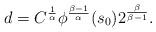
LaTeX: \begin{align*} d = C^{\frac{1}{\alpha}} \phi^{\frac{\beta -1}{\alpha}} (s_0) 2^{\frac{\beta}{\beta - 1}} . \end{align*}